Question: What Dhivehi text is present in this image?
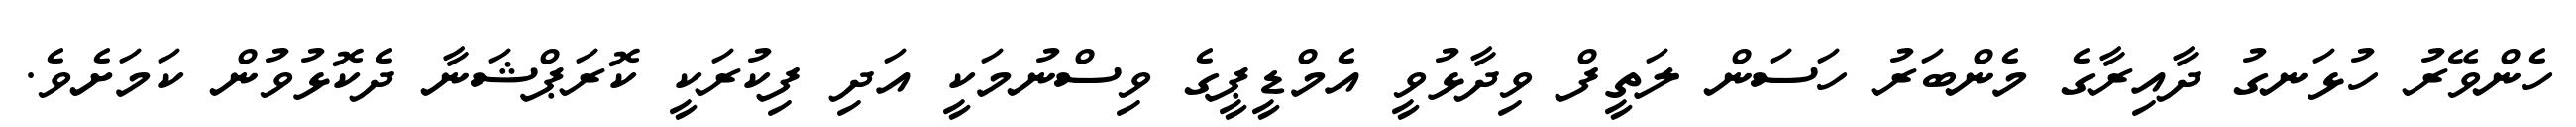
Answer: ހެންވޭރު ހުޅަނގު ދާއިރާގެ މެންބަރު ހަސަން ލަތީފް ވިދާޅުވީ އެމްޑީޕީގެ ވިސްނުމަކީ އަދި ފިކުރަކީ ކޮރަޕްޝަނާ ދެކޮޅުވުން ކަމަށެވެ.